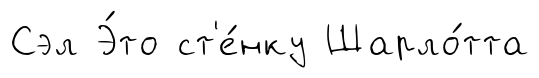
Сэл Э́то ст'е́нку Шарло́тта